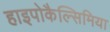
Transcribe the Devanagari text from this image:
हाइपोकैल्सिमिया